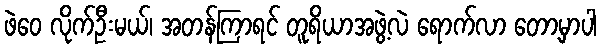
ဖဲဝေ လိုက်ဦးမယ်၊ အတန်ကြာရင် တူရိယာအဖွဲ့လဲ ရောက်လာ တော့မှာပါ